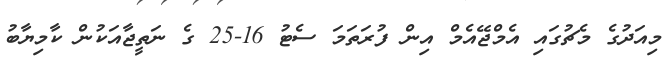
މިއަދުގެ މެޗުގައި އެމްޖޭއެމް އިން ފުރަތަމަ ސެޓު 16-25 ގެ ނަތީޖާއަކުން ކާމިޔާބު